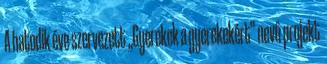
A hatodik éve szervezett „Gyerekek a gyerekekért” nevű projekt